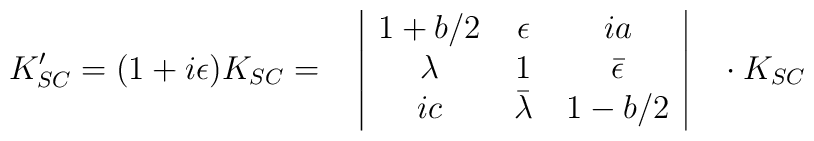
K'_{SC}=(1+i\epsilon)K_{SC}=\begin{tabular}{c|ccc|c}  &$1+b/2 $&$\epsilon$&$i a$&\\  &$\lambda$&$1$&${\bar \epsilon}$&\\  & $i c$&${\bar\lambda}$&$1-b/2 $&\\\end{tabular}\\ \cdot K_{SC}